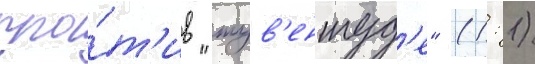
про́т'ив "жув'ентуд'е" (1: 1)